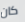
كان